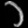
Digit: ၁